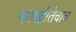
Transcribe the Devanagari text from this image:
भगवद्गीतेचाच